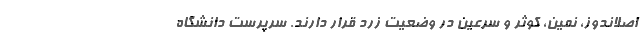
اصلاندوز، نمین، کوثر و سرعین در وضعیت زرد قرار دارند. سرپرست دانشگاه